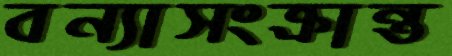
বন্যাসংক্রান্ত